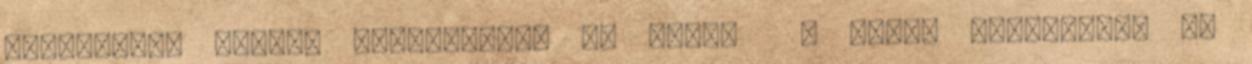
dekoráció. Szépen összejöttek az ízek. a csoki szufléhoz: 60